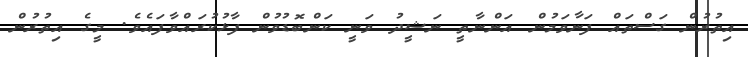
އިތުރުން ގަސްތައް ފަނާވަމުން އަންނާތީ ނަޝީދު ވަނީ ކަންބޮޑުވުން ފާޅުކުރައްވާފައެވެ. މީގެ އިތުރުން